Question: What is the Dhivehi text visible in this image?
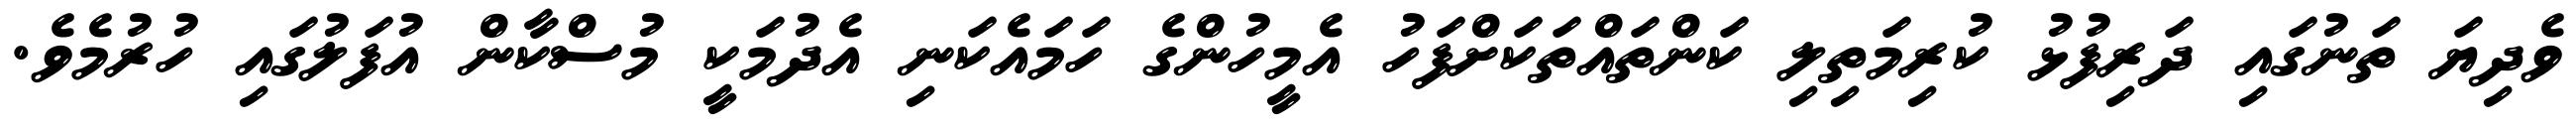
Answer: ވެދިޔަ ތަނުގައި ދަރިފުޅު ކުރިމަތިލި ކަންތައްތަކަށްފަހު އެމީހުންގެ ހަމައެކަނި އެދުމަކީ މުސްކާން އުފަލުގައި ހުރުމެވެ.